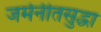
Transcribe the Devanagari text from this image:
जर्मनीतसुद्धा